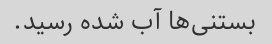
بستنی‌ها آب شده رسید.